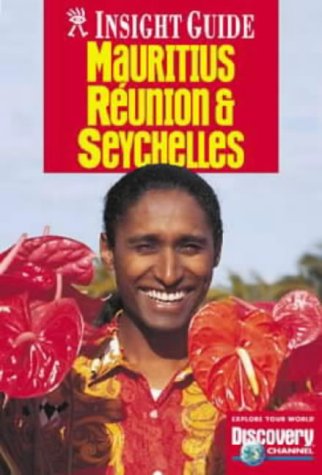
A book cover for Mauritius, Reunion and Seychelles Insight Guide (Insight Guides); unknown; Travel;